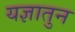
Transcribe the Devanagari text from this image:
यज्ञातुन